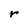
Character: r